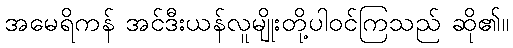
အမေရိကန် အင်ဒီးယန်လူမျိုးတို့ပါဝင်ကြသည် ဆို၏။